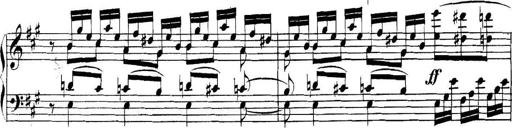
Title: Collected Piano Sonatas
Composer: Muzio Clementi